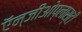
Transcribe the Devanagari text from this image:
ऍन्जीओेप्लास्टी